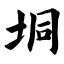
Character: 垌